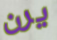
يرن